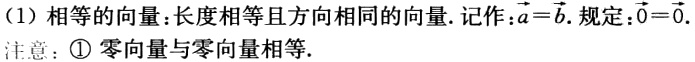
（1）相等的向量：长度相等且方向相同的向量. 记作：\(\overrightarrow{a}=\overrightarrow{b}\). 规定：\(\overrightarrow{0}=\overrightarrow{0}\).

注意：\textcircled{1} 零向量与零向量相等.